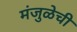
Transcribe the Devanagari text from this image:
मंजुळेची